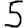
Digit: 5